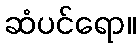
ဆံပင်ရော။